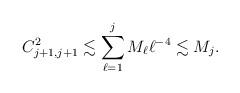
LaTeX: \begin{align*}C_{j+1,j+1}^{2}\lesssim \sum_{\ell=1}^{j}M_{\ell}\ell^{-4}\lesssim M_{j}.\end{align*}